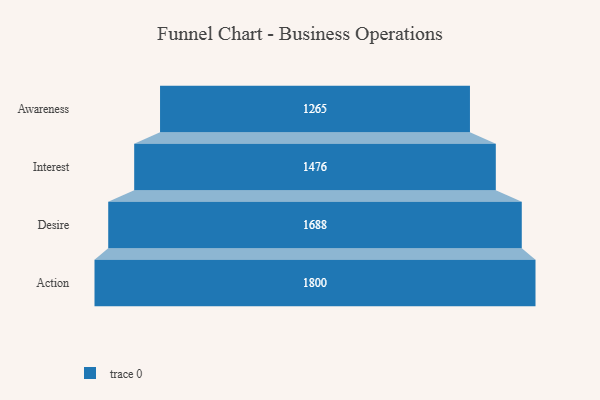
{"axis": {"x": "Stage", "y": "Value"}, "legend": [""], "data": [{"x": "Awareness", "y": 1265.0, "type": ""}, {"x": "Interest", "y": 1476.0, "type": ""}, {"x": "Desire", "y": 1688.0, "type": ""}, {"x": "Action", "y": 1800.0, "type": ""}]}